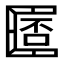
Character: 𠥧